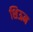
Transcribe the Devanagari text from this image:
शिऊन